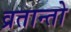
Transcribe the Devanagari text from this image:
व्रतान्तो